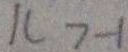
1 ( 7 - 1